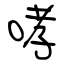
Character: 哮